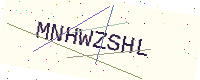
Text: MNHWZSHL